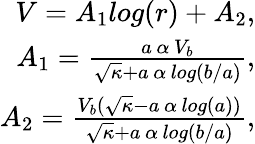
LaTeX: \begin{array}{r}{V=A_{1}log(r)+A_{2},}\\ {A_{1}=\frac{a\, \alpha\, V_{b}}{\sqrt{\kappa}+a\, \alpha\, log(b/a)},}\\ {A_{2}=\frac{V_{b}(\sqrt{\kappa}-a\, \alpha\, log(a))}{\sqrt{\kappa}+a\, \alpha\, log(b/a)},}\end{array}